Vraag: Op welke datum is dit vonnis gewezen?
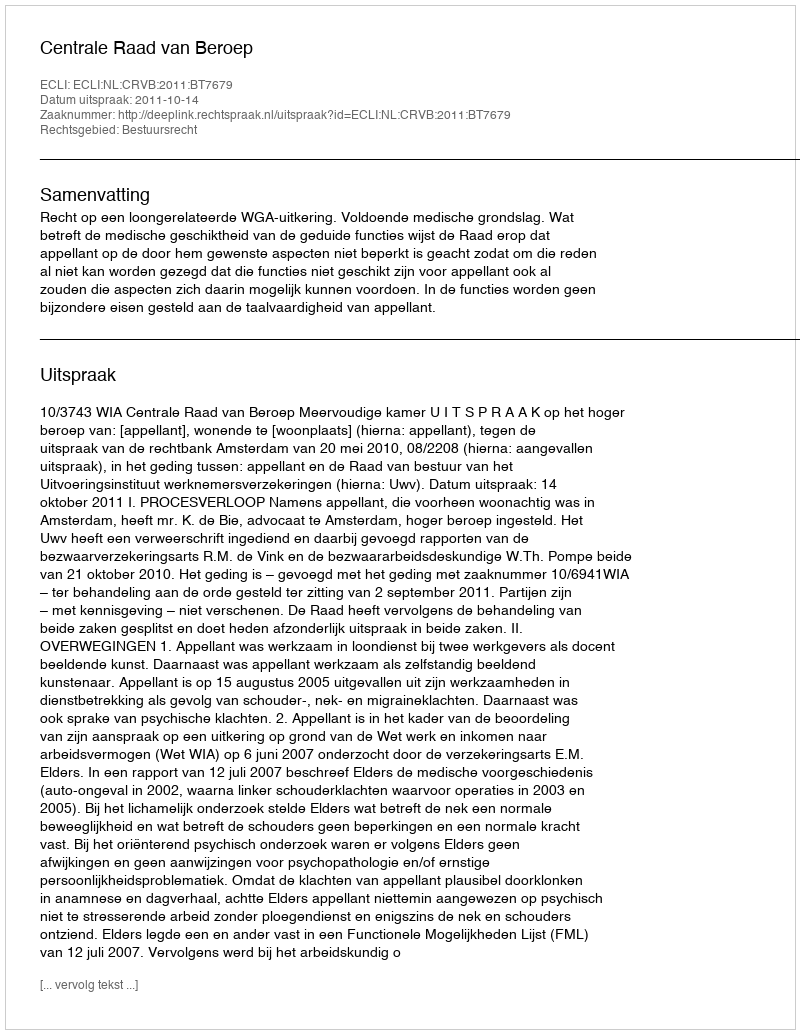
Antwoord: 2011-10-14